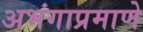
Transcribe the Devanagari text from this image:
अभंगाप्रमाणे